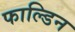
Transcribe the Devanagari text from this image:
फाल्डिन